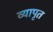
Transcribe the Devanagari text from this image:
व्यापृत